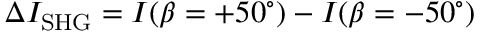
\Delta I _ { \mathrm { S H G } } = I ( \beta = + 5 0 ^ { \circ } ) - I ( \beta = - 5 0 ^ { \circ } )